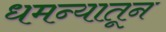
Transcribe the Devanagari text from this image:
धमन्यातून